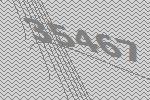
35467